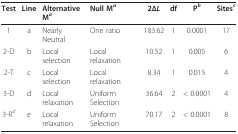
| Test | Line | Alternative Ma | Null Ma | 2ΔL | df | Pb | Sitesc |
 | --- | --- | --- | --- | --- | --- | --- | --- |
 | 1 | a | Nearly Neutral | One ratio | 183.62 | 1 | 0.0001 | 17 |
 | 2-D | b | Local selection | Local relaxation | 10.52 | 1 | 0.005 | 6 |
 | 2-T | c | Local selection | Local relaxation | 8.34 | 1 | 0.015 | 4 |
 | 3-D | d | Local relaxation | Uniform Selection | 36.64 | 2 | < 0.0001 | 4 |
 | 3-Rd | e | Local relaxation | Uniform Selection | 70.17 | 2 | < 0.0001 | 8 |